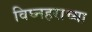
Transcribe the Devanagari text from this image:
विघ्नहराच्या